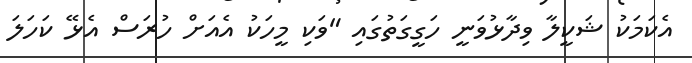
އެކަމަކު ޝަކީލާ ވިދާޅުވަނީ ހަގީގަތުގައި "ވަކި މީހަކު އެއަށް ހުރަސް އެޅޭ ކަހަލަ